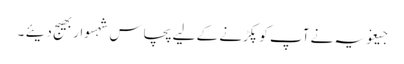
جیغویہ نے آپ کو پکڑنے کے لیے پچاس شہسوار بھیج دیئے ۔